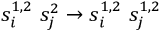
s _ { i } ^ { 1 , 2 } \ s _ { j } ^ { 2 } \to s _ { i } ^ { 1 , 2 } \ s _ { j } ^ { 1 , 2 }